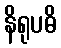
နိရုပဓိ